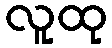
လူထု